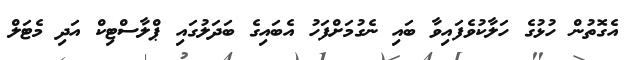
އެގޮތުން ހުޅުގެ ހަލާކުވެފައިވާ ބައި ނެގުމަށްފަހު އެބައިގެ ބަދަލުގައި ޕްލާސްޓިކް އަދި މެޓަލް